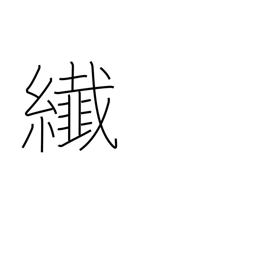
Meaning: minute